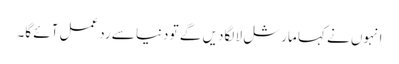
انہوں نے کہا مارشل لا لگادیں گے تو دنیا سے ردعمل آئے گا۔